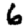
Digit: 6